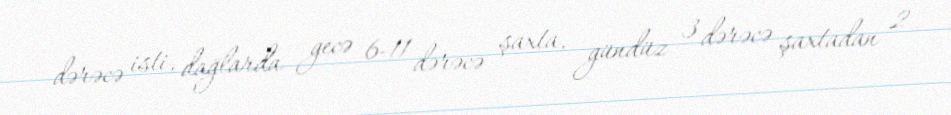
dərəcə isti, dağlarda gecə 6-11 dərəcə şaxta, gündüz 3 dərəcə şaxtadan 2